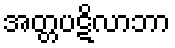
အတ္တပဋိလာဘာ